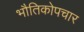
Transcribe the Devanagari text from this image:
भौतिकोपचार